Insane asylums in Bengal annual reports 1867-1875 - 1867-1875
Year: 1867
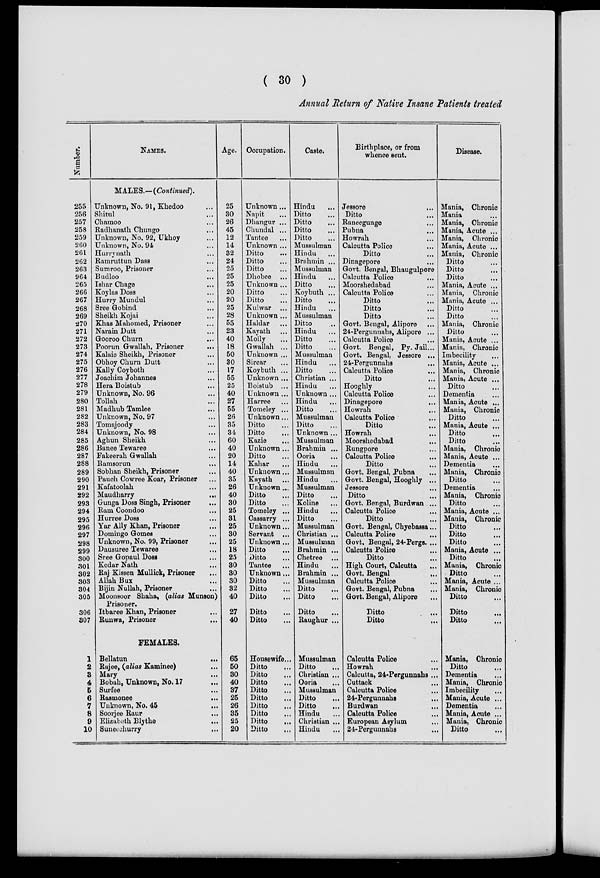
( 30 )
Annual Return of Native Insane Patients treated
Number.
255
256
257
258
259
260
261
262
263
964
265
266
267
268
269
270
271
272
273
274
275
276
277
278
279
280
281
282
283
284
285
286
287
288
289
290
291
292
293
294
295
296
297
298
299
300
301
302
303
304
305
306
307
1
2
3
4
5
6
7
8
9
10
NAMES.
MALES.—(Continued).
Unknown, No. 91, Khedoo ...
Shitul ...
Chamoo ...
Radhanath Chungo ...
Unknown, No, 92, Ukhoy ...
Unknown, No. 94 ...
Hurrynath ...
Ramruttun Dass ...
Sumroo, Prisoner ...
Budloo ...
Ishar Chage ...
Koylas Doss ...
Hurry Mundul ...
Sree Gobind ...
Sheikh Kojai ...
Khas Mahomed, Prisoner ...
Narain Dutt ...
Gooroo Churn ...
Poorun Gwallah, Prisoner ...
Kalaie Sheikh, Prisoner ...
Obhoy Churn Dutt ...
Kally Coyboth ...
Joachim Johannes ...
Hera Boistub ...
Unknown, No. 96 ...
Tollah ...
Madhub Tamlee ...
Unknown, No. 97 ...
Tomajoody ...
Unknown, No. 98 ...
Aghun Sheikh ...
Banee Tewaree ...
Fakeerah Gwallah ...
Ramsorun ...
Sobhan Sheikh, Prisoner ...
Pauch Cowree Koar, Prisoner ...
Kafatoolah ...
Maudharry
...
Gunga Doss Singh, Prisoner
...
Ram Coondoo ...
Hurree Doss ...
Yar Ally Khan, Prisoner ...
Domingo Gomes ...
Unknown, No. 99, Prisoner ...
Dausuree Tewaree ...
Sree Gopaul Doss ...
Kedar Nath ...
Raj Kissen Mullick, Prisoner ...
Allah Bux ...
Bijin Nullah, Prisoner ...
Moonsoor Shaha, (alias Munson)
Prisoner.
Itbaree Khan, Prisoner ...
Runwa, Prisoner ...
FEMALES.
Bellatun
...
Rajee, (alias Kaminee) ...
Mary ...
Bobah, Unknown, No. 17 ...
Surfee ...
Rasmonee ...
Unknown, No. 45 ...
Soorjee Raur ...
Elizabeth Blythe ...
Suneechurry ...
Age.
25
30
26
45
12
14
32
24
25
25
25
20
20
25
28
55
23
40
18
50
30
17
55
25
40
27
55
26
35
34
60
40
20
14
40
35
26
40
30
25
31
25
30
25
18
25
30
30
30
32
40
27
40
65
50
30
40
37
25
26
35
25
20
Occupation.
Unknown...
Napit ...
Dhangur ...
Chundal ...
Tantee ...
Unknown ...
Ditto ...
Ditto ...
Ditto ...
Dhobee ...
Unknown ...
Ditto ...
Ditto ...
Kulwar ...
Unknown ...
Haldar ...
Kayath ...
Molly ...
Gwallah ...
Unknown ...
Sircar ...
Koybuth ...
Unknown ...
Boistub ...
Unknown ...
Harree ...
Tomeley ...
Unknown...
Ditto ...
Ditto ...
Kazie ...
Unknown ...
Ditto ...
Kahar ...
Unknown...
Kayath ...
Unknown...
Ditto ...
Ditto ...
Tomeley ...
Cassarry ...
Unknown...
Servant ...
Unknown ...
Ditto ...
Ditto ...
Tantee ...
Unknown...
Ditto ...
Ditto ...
Ditto ...
Ditto ...
Ditto ...
Housewife...
Ditto ...
Ditto ...
Ditto ...
Ditto ...
Ditto ...
Ditto ...
Ditto ...
Ditto
...
Ditto ...
Caste.
Hindu
...
Ditto ...
Ditto ...
Ditto ...
Ditto ...
Mussulman
Hindu ...
Brnhmin ...
Mussulman
Hindu ...
Ditto ...
Koybuth ...
Ditto ...
Hindu ...
Mussulman
Ditto ...
Hindu
Ditto ...
Ditto ...
Mussulman
Hindu ...
Ditto ...
Christian ...
Hindu ...
Unknown ...
Hindu ...
Ditto ...
Mussulman
Ditto ...
Unknown ...
Mussulman
Brahmin ...
Ooria ...
Hindu ...
Mussulman
Hindu ...
Mussulman
Ditto ...
Koline ...
Hindu ...
Ditto ...
Mussulman
Christian ...
Mussulman
Brahmin ...
Chetree ...
Hindu ...
Brahmin ...
Mussulman
Ditto ...
Ditto ...
Ditto ...
Raughur ...
Mussulman
Ditto ...
Christian ...
Ooria ...
Mussulman
Ditto ...
Ditto ...
Hindu ...
Christian ...
Hindu ...
Birthplace, or from
whence sent.
Jessore ...
Ditto ...
Raneegunge ...
Pubna ...
Howrah ...
Calcutta Police ...
Ditto ...
Dinagepore ...
Govt. Bengal, Bhaugulpore
Calcutta Police ...
Moorshedabad ...
Calcutta Police ...
Ditto ...
Ditto ...
Ditto ...
Govt. Bengal, Alipore ...
24-Pergunnahs, Alipore ...
Calcutta Police ...
Govt. Bengal, Py. Jail...
Govt. Bengal, Jessore ...
24-Pergunnahs ...
Calcutta Polioe
...
Ditto ...
Hooghly ...
Calcutta Police ...
Dinagepore ...
Howrah ...
Calcutta Police ...
Ditto ...
Howrah ...
Moorshedabad ...
Rungpore ...
Calcutta Police ...
Ditto ...
Govt. Bengal, Pubna ...
Govt. Bengal, Hooghly ...
Jessore ...
Ditto ...
Govt. Bengal, Burdwan ...
Calcutta Police ...
Ditto ...
Govt. Bengal, Chyebassa...
Calcutta Police ...
Govt. Bengal, 24-Pergs. ...
Calcutta Police ...
Ditto ...
High Court, Calcutta ...
Govt. Bengal
...
Calcutta Police ...
Govt. Bengal, Pubna ...
Govt. Bengal, Alipore ...
Ditto
...
Ditto ...
Calcutta Polioe ...
Howrah ...
Calcutta, 24-Pergunnahs ...
Cuttack ...
Calcutta Polioe ...
24-Pergunnahs ...
Burdwan ...
Caloutta Polioe ...
European Asylum ...
24-Pergunnahs
...
Disease.
Mania, Chronic ...
Mania ...
Mania, Chronic
Mania, Acute ...
Mania, Chronic
Mania, Acute ...
Mania, Chronic
Ditto ...
Ditto ...
Ditto ...
Mania, Acute ...
Mania, Chronic
Mania, Acute ...
Ditto ...
Ditto ...
Mania, Chronic
Ditto ...
Mania, Acute ...
Mania, Chronic
Imbecility ...
Mania, Acute ...
Mania, Chronic
Mania, Acute ...
Ditto ...
Dementia ...
Mania, Acute ...
Mania, Chronic
Ditto ...
Mania, Acute ...
Ditto ...
Ditto ...
Mania, Chronic
Mania, Acute ...
Dementia ...
Mania, Chronic
Ditto ...
Dementia ...
Mania, Chronic
Ditto ...
Mania, Acute ...
Mania, Chronic
Ditto ...
Ditto ...
Ditto ...
Mania, Acute ...
Ditto ...
Mania, Chronic
Ditto ...
Mania, Acute ...
Mania, Chronic
Ditto ...
Ditto ...
Ditto ...
Mania, Chronic
Ditto ...
Dementia ...
Mania, Chronic
Imbecility ...
Mania, Acute ...
Dementia ...
Mania, Acute ...
Mania, Chronic
Ditto ...